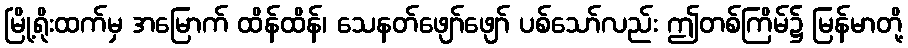
မြို့ရိုးထက်မှ အမြောက် ထိန်ထိန်၊ သေနတ်ဖျော်ဖျော် ပစ်သော်လည်း ဤတစ်ကြိမ်၌ မြန်မာတို့